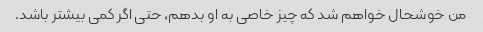
من خوشحال خواهم شد که چیز خاصی به او بدهم، حتی اگر کمی بیشتر باشد.